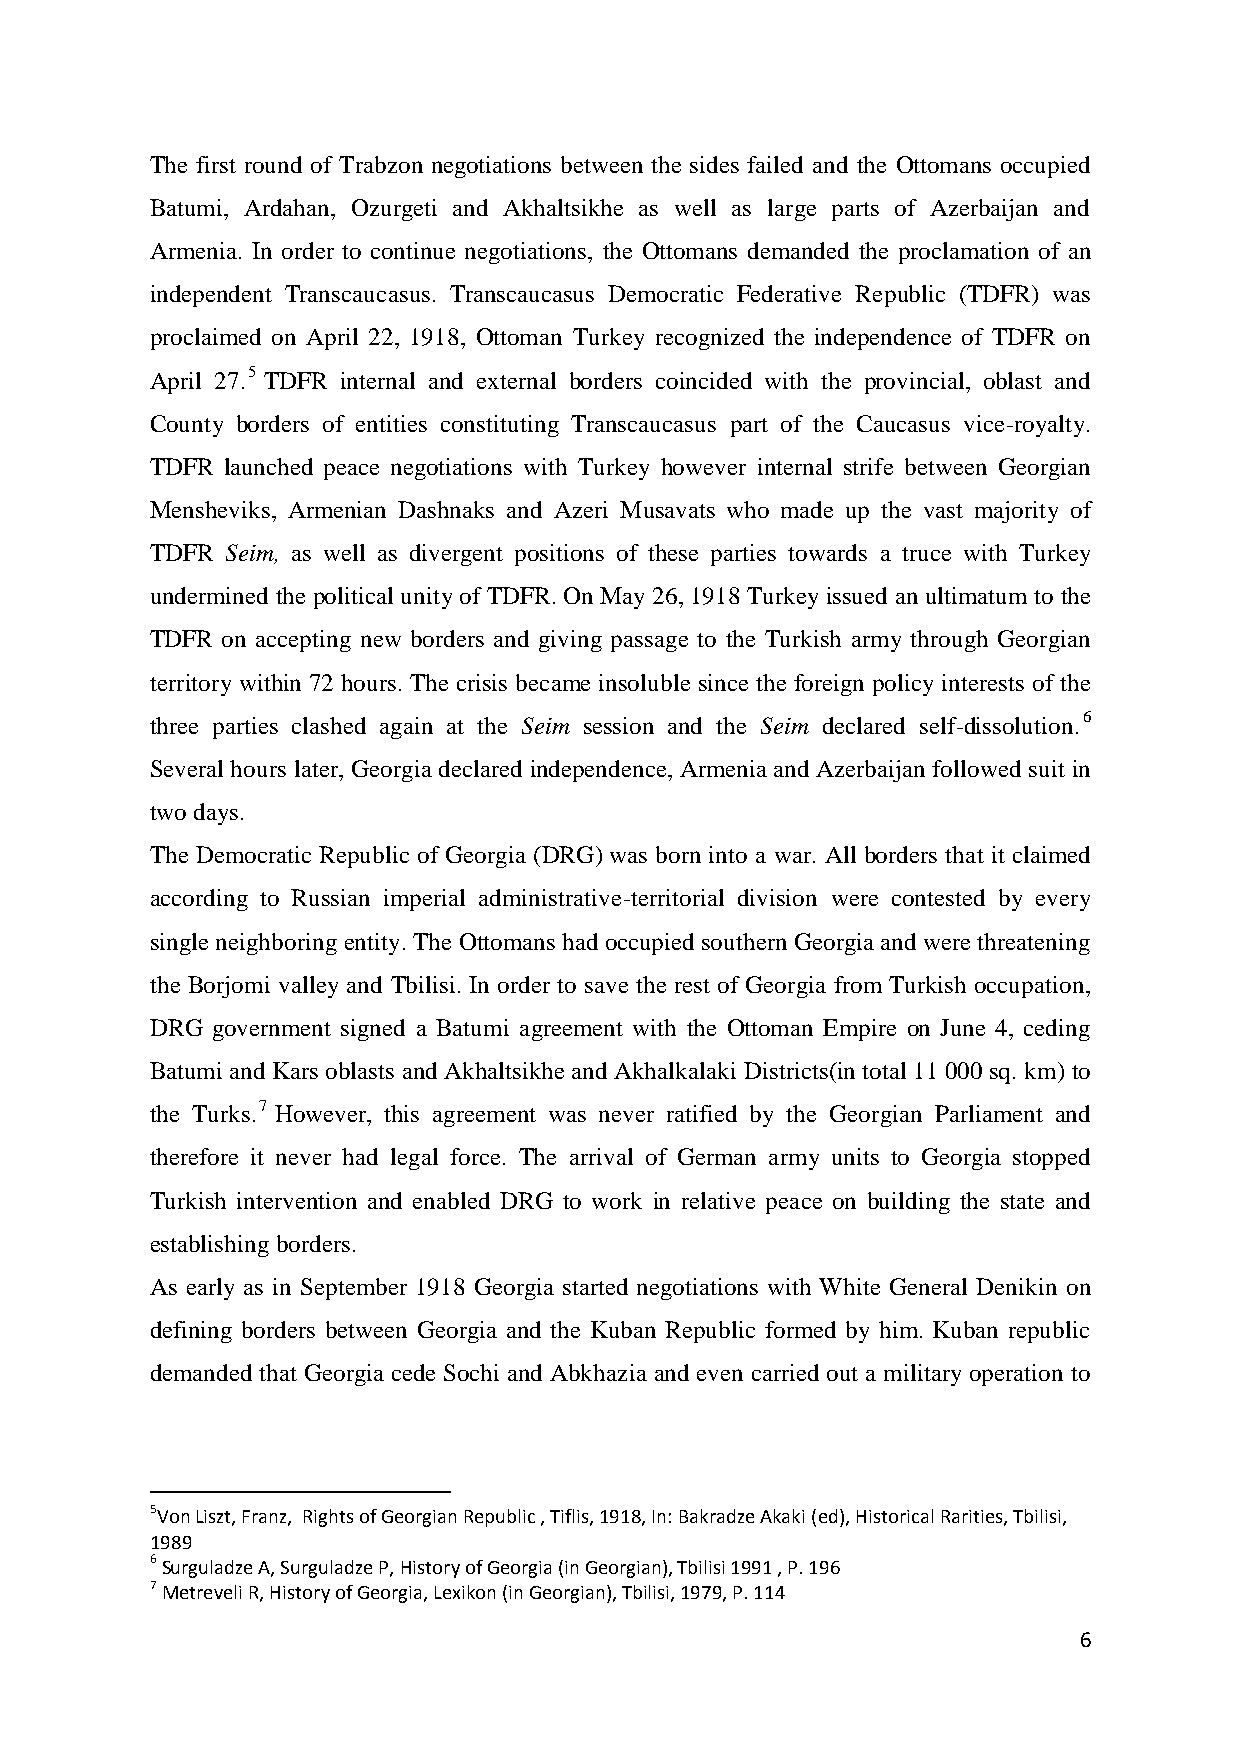
The first round of Trabzon negotiations between the sides failed and the Ottomans occupied
 Batumi, Ardahan, Ozurgeti and Akhaltsikhe as well as large parts of Azerbaijan and
 Armenia. In order to continue negotiations, the Ottomans demanded the proclamation of an
 independent Transcaucasus. Transcaucasus Democratic Federative Republic (TDFR) was
 proclaimed on April 22, 1918, Ottoman Turkey recognized the independence of TDFR on
 April 27.5 TDFR internal and external borders coincided with the provincial, oblast and
 County borders of entities constituting Transcaucasus part of the Caucasus vice-royalty.
 TDFR launched peace negotiations with Turkey however internal strife between Georgian
 Mensheviks, Armenian Dashnaks and Azeri Musavats who made up the vast majority of
 TDFR Seim, as well as divergent positions of these parties towards a truce with Turkey
 undermined the political unity of TDFR. On May 26, 1918 Turkey issued an ultimatum to the
 TDFR on accepting new borders and giving passage to the Turkish army through Georgian
 territory within 72 hours. The crisis became insoluble since the foreign policy interests of the
 three parties clashed again at the Seim session and the Seim declared self-dissolution.6
 Several hours later, Georgia declared independence, Armenia and Azerbaijan followed suit in
 two days.
 The Democratic Republic of Georgia (DRG) was born into a war. All borders that it claimed
 according to Russian imperial administrative-territorial division were contested by every
 single neighboring entity. The Ottomans had occupied southern Georgia and were threatening
 the Borjomi valley and Tbilisi. In order to save the rest of Georgia from Turkish occupation,
 DRG government signed a Batumi agreement with the Ottoman Empire on June 4, ceding
 Batumi and Kars oblasts and Akhaltsikhe and Akhalkalaki Districts(in total 11 000 sq. km) to
 the Turks.7 However, this agreement was never ratified by the Georgian Parliament and
 therefore it never had legal force. The arrival of German army units to Georgia stopped
 Turkish intervention and enabled DRG to work in relative peace on building the state and
 establishing borders.
 As early as in September 1918 Georgia started negotiations with White General Denikin on
 defining borders between Georgia and the Kuban Republic formed by him. Kuban republic
 demanded that Georgia cede Sochi and Abkhazia and even carried out a military operation to
 5Von Liszt, Franz, Rights of Georgian Republic , Tiflis, 1918, In: Bakradze Akaki (ed), Historical Rarities, Tbilisi,
 1989
 6 Surguladze A, Surguladze P, History of Georgia (in Georgian), Tbilisi 1991 , P. 196
 7 Metreveli R, History of Georgia, Lexikon (in Georgian), Tbilisi, 1979, P. 114
 6